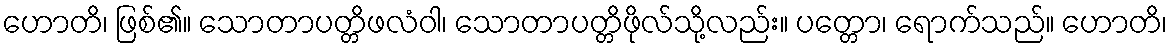
ဟောတိ၊ ဖြစ်၏။ သောတာပတ္တိဖလံဝါ၊ သောတာပတ္တိဖိုလ်သို့လည်း။ ပတ္တော၊ ရောက်သည်။ ဟောတိ၊